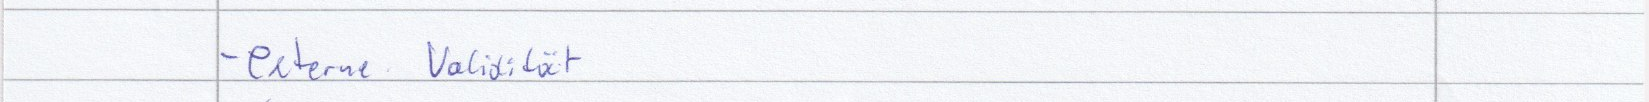
- externe Validität